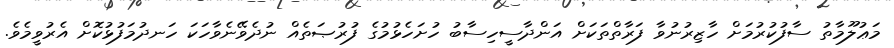
މަޢުލޫމާތު ސާފުކުރުމަށް ހާޒިރުނުވާ ފަރާތްތަކަށް އަންދާސީހިސާބު ހުށަހެޅުމުގެ ފުރުޞަތެއް ނުދެވޭނެވާހަކަ ހަނދުމަފުޅުކޮށް އެރުވީމެވެ.